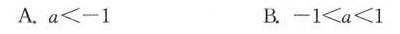
A.a≤-1 B.-1<a≤1